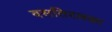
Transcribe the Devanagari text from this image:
वसतिरलका